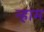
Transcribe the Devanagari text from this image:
न्हाम